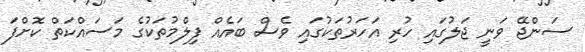
ސަންޖޭ ވަނީ ޖަލުގައި ހުރި އަހަރުތަކުގައި ވެސް ބައެއް ފިލްމުތަކުގެ މަސައްކަތް ކޮށްފަ